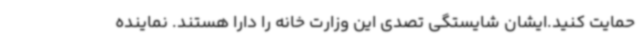
حمایت کنید.ایشان شایستگی تصدی این وزارت خانه را دارا هستند. نماینده